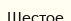
Шестое